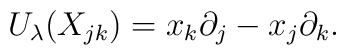
U_\lambda(X_{jk})=x_k\partial_j-x_j\partial_k.